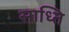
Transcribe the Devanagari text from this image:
साध्ति